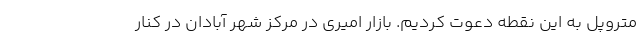
متروپل به این نقطه دعوت کردیم. بازار امیری در مرکز شهر آبادان در کنار